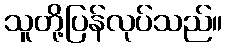
သူတို့ပြန်လုပ်သည်။